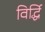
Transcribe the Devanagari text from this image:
विर्द्धि